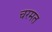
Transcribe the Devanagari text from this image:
चरमत